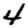
Digit: 4